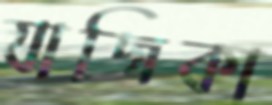
যাজিকা